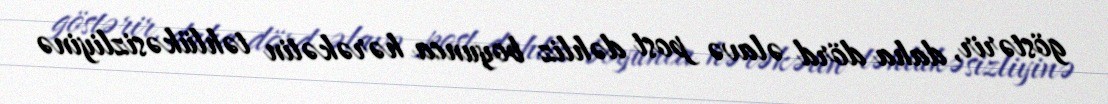
göstərir, daha dörd əlavə post dəhliz boyunca hərəkətin təhlükəsizliyinə